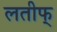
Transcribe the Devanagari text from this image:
लतीफ्